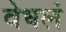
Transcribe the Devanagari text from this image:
वेधलं